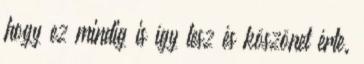
hogy ez mindig is így lesz és köszönet érte.